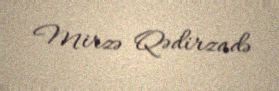
Mirzə Qədirzadə